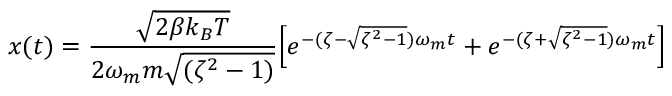
x ( t ) = \frac { \sqrt { 2 \beta k _ { B } T } } { 2 \omega _ { m } m \sqrt { ( \zeta ^ { 2 } - 1 ) } } \Big [ e ^ { - ( \zeta - \sqrt { \zeta ^ { 2 } - 1 } ) \omega _ { m } t } + e ^ { - ( \zeta + \sqrt { \zeta ^ { 2 } - 1 } ) \omega _ { m } t } \Big ]